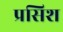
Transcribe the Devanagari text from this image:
प्रसिश